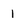
Character: I